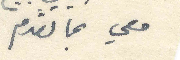
معي بما تقدم.